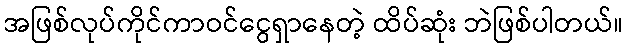
အဖြစ်လုပ်ကိုင်ကာဝင်ငွေရှာနေတဲ့ ထိပ်ဆုံး ဘဲဖြစ်ပါတယ်။